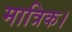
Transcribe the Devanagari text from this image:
मात्रिक।